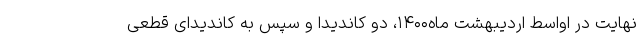
نهایت در اواسط اردیبهشت ماه۱۴۰۰، دو کاندیدا و سپس به کاندیدای قطعی